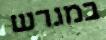
במגרש